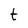
Character: t